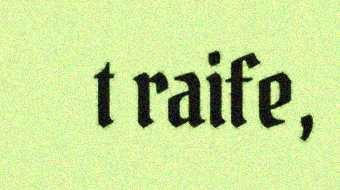
t raife,